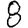
Digit: 8